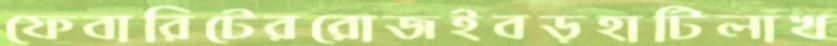
ফেবারিটেররোজইবড়হাটিলাখ